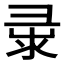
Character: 𢑘